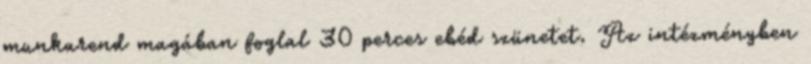
munkarend magában foglal 30 perces ebéd szünetet. Az intézményben